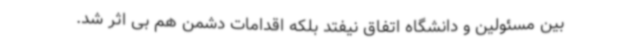
بین مسئولین و دانشگاه اتفاق نیفتد بلکه اقدامات دشمن هم بی اثر شد.